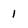
Character: 1